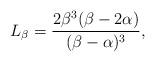
LaTeX: \begin{align*} L_\beta = \dfrac{2\beta^3 (\beta - 2\alpha)}{(\beta - \alpha)^3}, \end{align*}